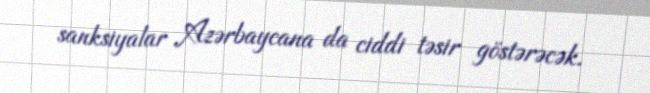
sanksiyalar Azərbaycana da ciddi təsir göstərəcək.